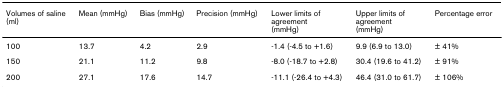
| Volumes of saline (ml) | Mean (mmHg) | Bias (mmHg) | Precision (mmHg) | Lower limits of agreement (mmHg) | Upper limits of agreement (mmHg) | Percentage error |
 | --- | --- | --- | --- | --- | --- | --- |
 | 100 | 13.7 | 4.2 | 2.9 | -1.4 (-4.5 to +1.6) | 9.9 (6.9 to 13.0) | ± 41% |
 | 150 | 21.1 | 11.2 | 9.8 | -8.0 (-18.7 to +2.8) | 30.4 (19.6 to 41.2) | ± 91% |
 | 200 | 27.1 | 17.6 | 14.7 | -11.1 (-26.4 to +4.3) | 46.4 (31.0 to 61.7) | ± 106% |